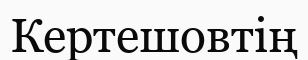
Кертешовтің